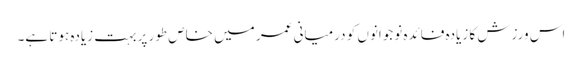
اس ورزش کا زیادہ فائدہ نوجوانوں کو درمیانی عمر میں خاص طور پر بہت زیادہ ہوتا ہے۔